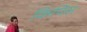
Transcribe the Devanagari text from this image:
किपिस